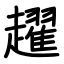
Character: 趯